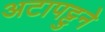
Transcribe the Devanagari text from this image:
अटापट्टुने